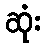
ဆုံး